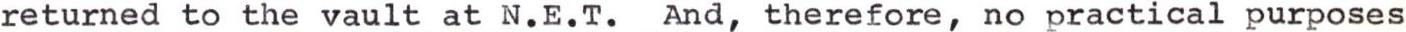
returned to the vault at N.E.T.  And, therefore, no practical purposes